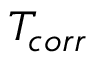
T _ { c o r r }